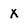
Character: x